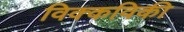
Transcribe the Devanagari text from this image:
विक्कविकी